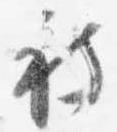
被